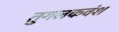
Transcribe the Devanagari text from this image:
तुगलकवंश